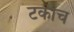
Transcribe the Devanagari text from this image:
टकाच